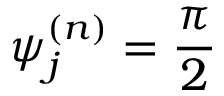
\psi _ { j } ^ { ( n ) } = { \frac { \pi } { 2 } }